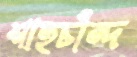
শাহচাঁন্দ